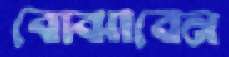
বোঝাবেন